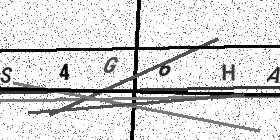
Text: S4G6HA